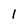
Character: l